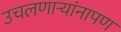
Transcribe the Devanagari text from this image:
उचलणार्‍यांनापण